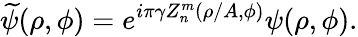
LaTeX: \widetilde{\psi}(\rho,\phi)=e^{i\pi\gamma Z_{n}^{m}(\rho/A,\phi)}\psi(\rho,\phi).